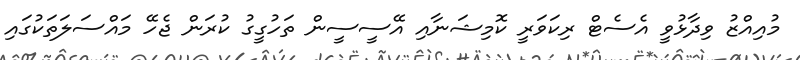
މުއިއްޒު ވިދާޅުވީ އެސެޓް ރިކަވަރީ ކޮމިޝަނާއި އޭސީސީން ތަހުގީގު ކުރަން ޖެހޭ މައްސަލަތަކުގައި